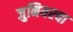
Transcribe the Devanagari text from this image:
जुनियरचा